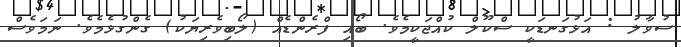
ސުވާލު : އަޅުގަނޑަކީ ސްކޫލް ކުއްޖަކީމެވެ. ބޯއި ފްރެންޑެއް (ލޯބިވެރިޔަކު) ގެންގުޅެމެވެ. ނަމަވެސް